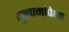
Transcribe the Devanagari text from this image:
गुलामांपेक्षा